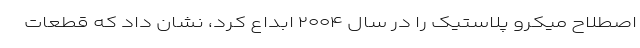
اصطلاح میکرو پلاستیک را در سال ۲۰۰۴ ابداع کرد، نشان داد که قطعات